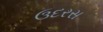
ઉદરસ